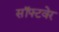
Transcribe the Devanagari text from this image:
सॉफ्‍टवेर